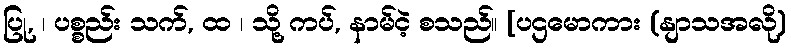
ပြု, ၊ ပစ္စည်း သက်, ထ ၊ သို့ ကပ်, နာမ်ငဲ့ စသည်။ [ပဌမောကား (နျာသအလို)